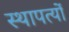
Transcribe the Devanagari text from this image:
स्थापत्यों